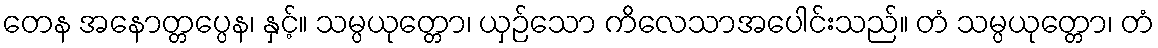
တေန အနောတ္တပ္ပေန၊ နှင့်။ သမ္ပယုတ္တော၊ ယှဉ်သော ကိလေသာအပေါင်းသည်။ တံ သမ္ပယုတ္တော၊ တံ